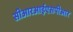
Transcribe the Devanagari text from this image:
सीआरआईएसपीआर